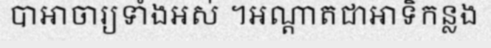
បាអាចារ្យទាំងអស់ ។អណ្តាតជាអាទិកន្លង